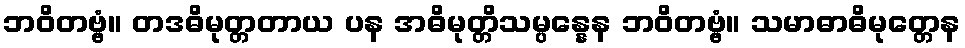
ဘဝိတဗ္ဗံ။ တဒဓိမုတ္တတာယ ပန အဓိမုတ္တိသမ္ပန္နေန ဘဝိတဗ္ဗံ။ သမာဓာဓိမုတ္တေန